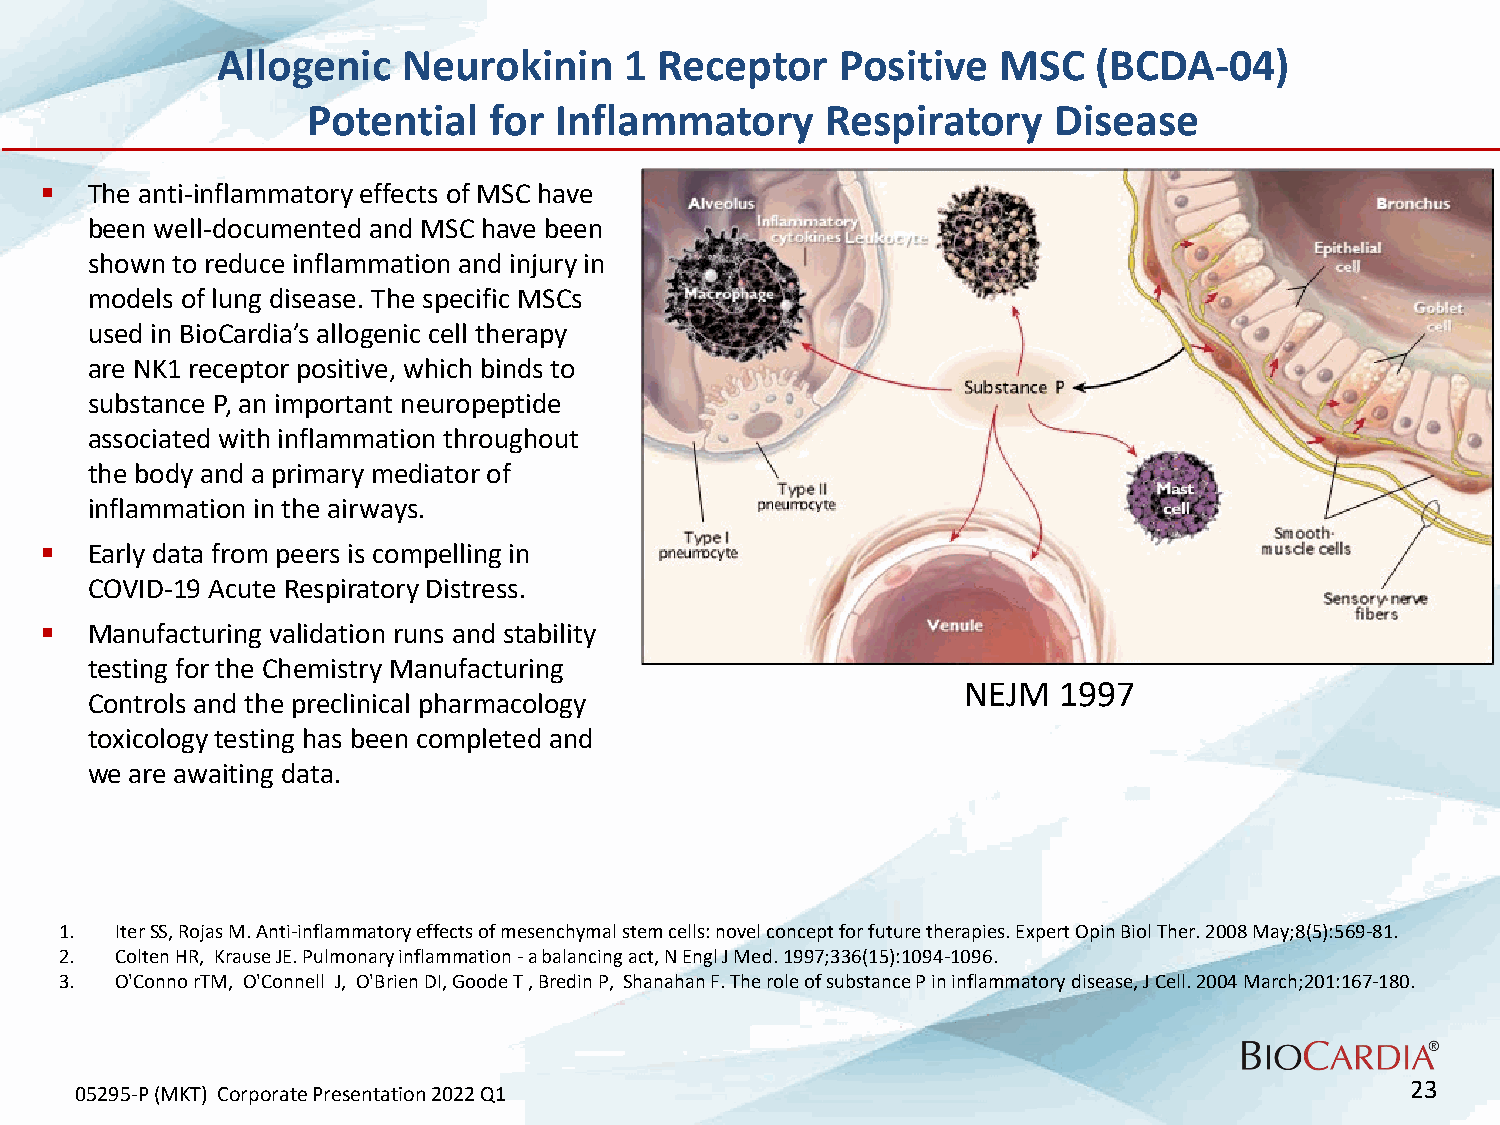
Allogenic    Neurokinin    1  Receptor    Positive  MSC    (BCDA-04)
 Potential   for  Inflammatory      Respiratory    Disease
   The anti-inflammatory effects of MSC have
 been well-documented and MSC have been
 shown to reduce inflammation and injury in
 models of lung disease. The specific MSCs
   .
 used in BioCardia’s allogenic cell therapy
 are NK1 receptor positive, which binds to
 substance P, an important neuropeptide
 associated with inflammation throughout
 the body and a primary mediator of
 inflammation in the airways.
   Early data from peers is compelling in
 COVID-19 Acute Respiratory Distress.
   Manufacturing validation runs and stability
 testing for the Chemistry Manufacturing
 NEJM  1997
 Controls and the preclinical pharmacology
 toxicology testing has been completed and
 we are awaiting data.
 1.  IterSS, Rojas M. Anti-inflammatory effects of mesenchymal stem cells: novel concept for future therapies. Expert OpinBiol Ther. 2008 May;8(5):569-81.
 2.  Colten HR, Krause JE. Pulmonary inflammation -a balancing act, N EnglJ Med. 1997;336(15):1094-1096.
 3.  O'ConnorTM, O'Connell J, O'BrienDI,GoodeT, Bredin P, Shanahan F. The role of substance P in inflammatory disease, J Cell. 2004 March;201:167-180.
 23
 05295-P (MKT) Corporate Presentation 2022 Q1